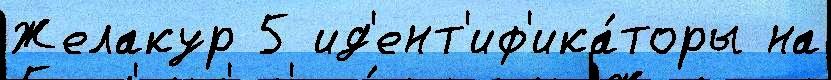
Желакур 5 ид'ент'иф'ика́торы на